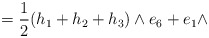
\begin{align*}=\frac{1}{2}(h_{1}+h_{2}+h_{3})\wedge e_{6}+e_{1}\wedge\end{align*}